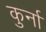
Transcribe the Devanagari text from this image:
कुर्ना